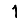
Digit: 1